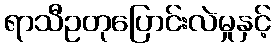
ရာသီဥတုပြောင်းလဲမှုနှင့်